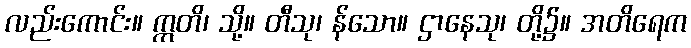
လည်းကောင်း။ ဣတိ၊ သို့။ တီသု၊ န်သော။ ဌာနေသု၊ တို့၌။ အတိရေက